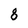
Character: 8